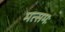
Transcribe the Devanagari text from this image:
मत्समः